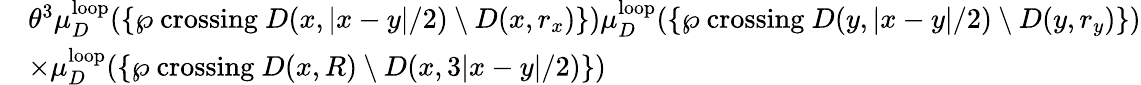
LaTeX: \begin{array}{rl}&{\theta^{3}\mu_{D}^{\mathrm{loop}}(\{ \wp\mathrm{~crossing~}D(x,|x-y|/2)\setminus D(x,r_{x})\} )\mu_{D}^{\mathrm{loop}}(\{ \wp\mathrm{~crossing~}D(y,|x-y|/2)\setminus D(y,r_{y})\} )}\\ &{\times\mu_{D}^{\mathrm{loop}}(\{ \wp\mathrm{~crossing~}D(x,R)\setminus D(x,3|x-y|/2)\} )}\end{array}